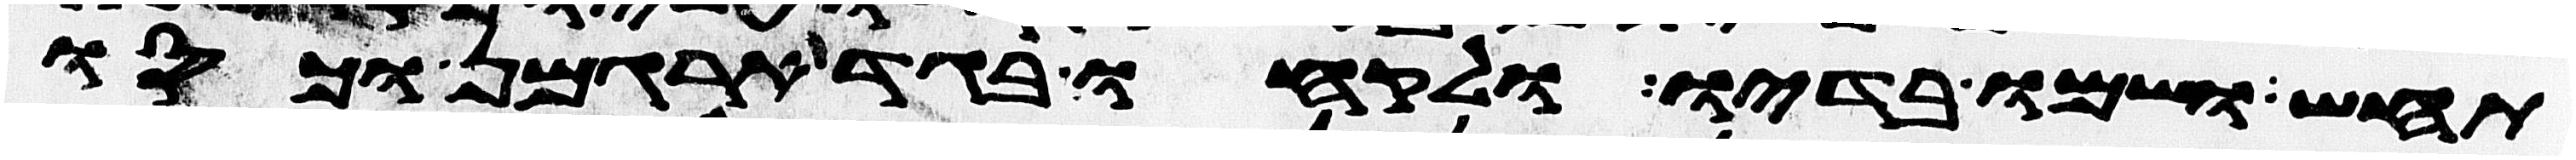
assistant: תחש ושמו בדיו ולקחו בגד ארגמן וכסו